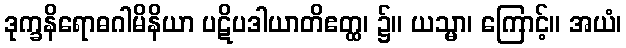
ဒုက္ခနိရောဓဂါမိနိယာ ပဋိပဒါယာတိဧတ္ထ၊ ၌။ ယသ္မာ၊ ကြောင့်။ အယံ၊